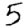
Digit: 5